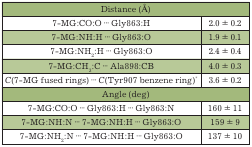
<table><thead><tr><td colspan="2"><b>Distance (Å)</b></td></tr></thead><tbody><tr><td>7-MG:CO:O ∙∙∙ Gly863:H</td><td>2.0 ± 0.2</td></tr><tr><td>7-MG:NH:H ∙∙∙ Gly863:O</td><td>1.9 ± 0.1</td></tr><tr><td>7-MG:NH<sub>2</sub>:H ∙∙∙ Gly863:O</td><td>2.4 ± 0.4</td></tr><tr><td>7-MG:CH<sub>3</sub>:C ∙∙∙ Ala898:CB</td><td>4.0 ± 0.3</td></tr><tr><td>C(7-MG fused rings) ∙∙∙ C(Tyr907 benzene ring)<sup>*</sup></td><td>3.6 ± 0.2</td></tr><tr><td colspan="2">Angle (deg)</td></tr><tr><td>7-MG:CO:O ∙∙∙ Gly863:H ∙∙∙ Gly863:N</td><td>160 ± 11</td></tr><tr><td>7-MG:NH:N ∙∙∙ 7-MG:NH:H ∙∙∙ Gly863:O</td><td>159 ± 9</td></tr><tr><td>7-MG:NH<sub>2</sub>:N ∙∙∙ 7-MG:NH:H ∙∙∙ Gly863:O</td><td>137 ± 10</td></tr></tbody></table>